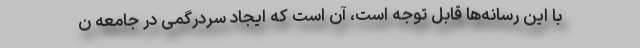
با این رسانه‌ها قابل توجه است، آن است که ایجاد سردرگمی در جامعه ن